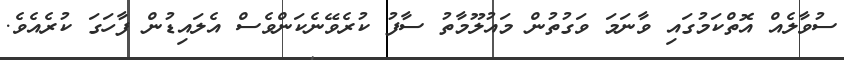
ސުވާލެއް އޮތްކަމުގައި ވާނަމަ ވަގުތުން މައުލޫމާތު ސާފު ކުރެވޭނެކަންވެސް އެލައިޑުން ފާހަގަ ކުރެއެވެ.